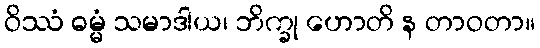
ဝိဿံ ဓမ္မံ သမာဒါယ၊ ဘိက္ခု ဟောတိ န တာဝတာ။